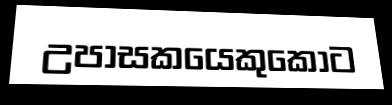
උපාසකයෙකුකොට